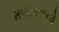
મળાવવાનો